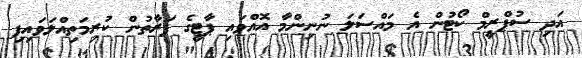
އަދި ސުޕްރީމް ކޯޓުން އެ މައްސަލަ ނުނިންމާ އޮއްވައި ޕާޓީގެ ފަރާތުން ކުރިމަތިއްލަވައިފި